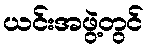
ယင်းအဖွဲ့တွင်